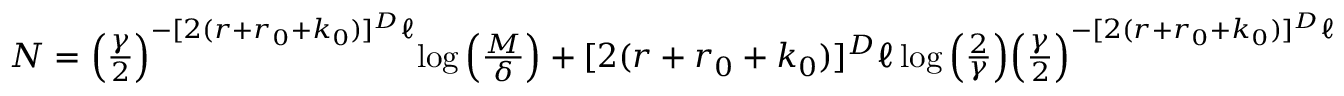
\begin{array} { r } { N = \Big ( \frac { \gamma } { 2 } \Big ) ^ { - [ 2 ( r + r _ { 0 } + k _ { 0 } ) ] ^ { D } \ell } { \log \Big ( \frac { M } { \delta } \Big ) + [ 2 ( r + r _ { 0 } + k _ { 0 } ) ] ^ { D } \ell \log \Big ( \frac { 2 } { \gamma } \Big ) } \Big ( \frac { \gamma } { 2 } \Big ) ^ { - [ 2 ( r + r _ { 0 } + k _ { 0 } ) ] ^ { D } \ell } } \end{array}